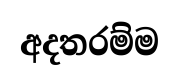
අදතරම්ම